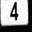
Digit: 4